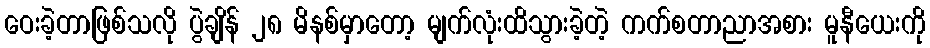
ဝေးခဲ့တာဖြစ်သလို ပွဲချိန် ၂၈ မိနစ်မှာတော့ မျက်လုံးထိသွားခဲ့တဲ့ ကက်စတာညာအစား မူနီယေးကို